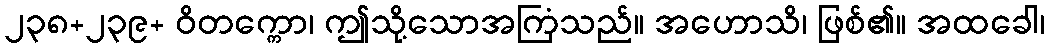
၂၃၈+၂၃၉+ ဝိတက္ကော၊ ဤသို့သောအကြံသည်။ အဟောသိ၊ ဖြစ်၏။ အထခေါ၊